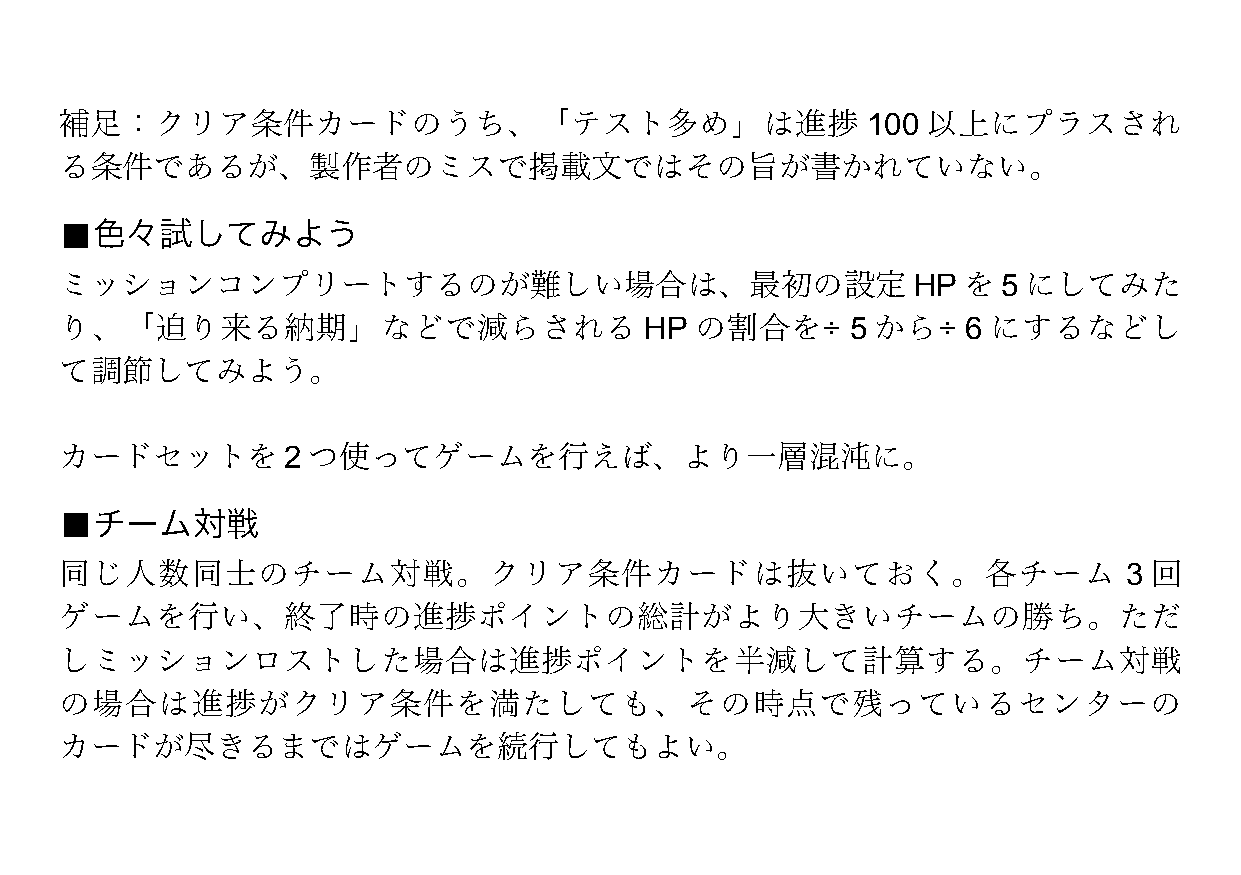
補足：クリア条件カードのうち、「テスト多め」は進捗                            100 以上にプラスされ
 る条件であるが、製作者のミスで掲載文ではその旨が書かれていない。
 ■色々試してみよう
 ミッションコンプリートするのが難しい場合は、最初の設定                             HP  を 5 にしてみた
 り、「迫り来る納期」などで減らされる                     HP の割合を÷     5 から÷   6 にするなどし
 て調節してみよう。
 カードセットを2        つ使ってゲームを行えば、より一層混沌に。
 ■チーム対戦
 同じ人数同士のチーム対戦。クリア条件カードは抜いておく。各チーム                                      3 回
 ゲームを行い、終了時の進捗ポイントの総計がより大きいチームの勝ち。ただ
 しミッションロストした場合は進捗ポイントを半減して計算する。チーム対戦
 の場合は進捗がクリア条件を満たしても、その時点で残っているセンターの
 カードが尽きるまではゲームを続行してもよい。